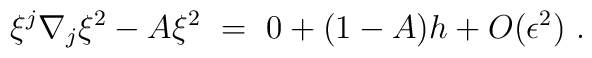
\xi^j\nabla_j\xi^2 - A\xi^2\ =\ 0 + (1-A)h + O(\epsilon^2)\ .